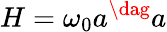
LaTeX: H=\omega_{0}a^{\dag}a